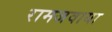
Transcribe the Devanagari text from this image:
रामजवाया